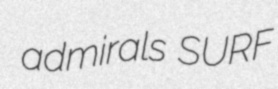
admirals SURF